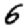
Digit: 6